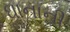
ઘાનાની